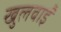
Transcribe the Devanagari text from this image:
खुलवाईं